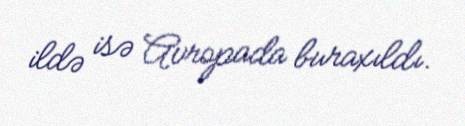
ildə isə Avropada buraxıldı.